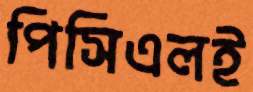
পিসিএলই